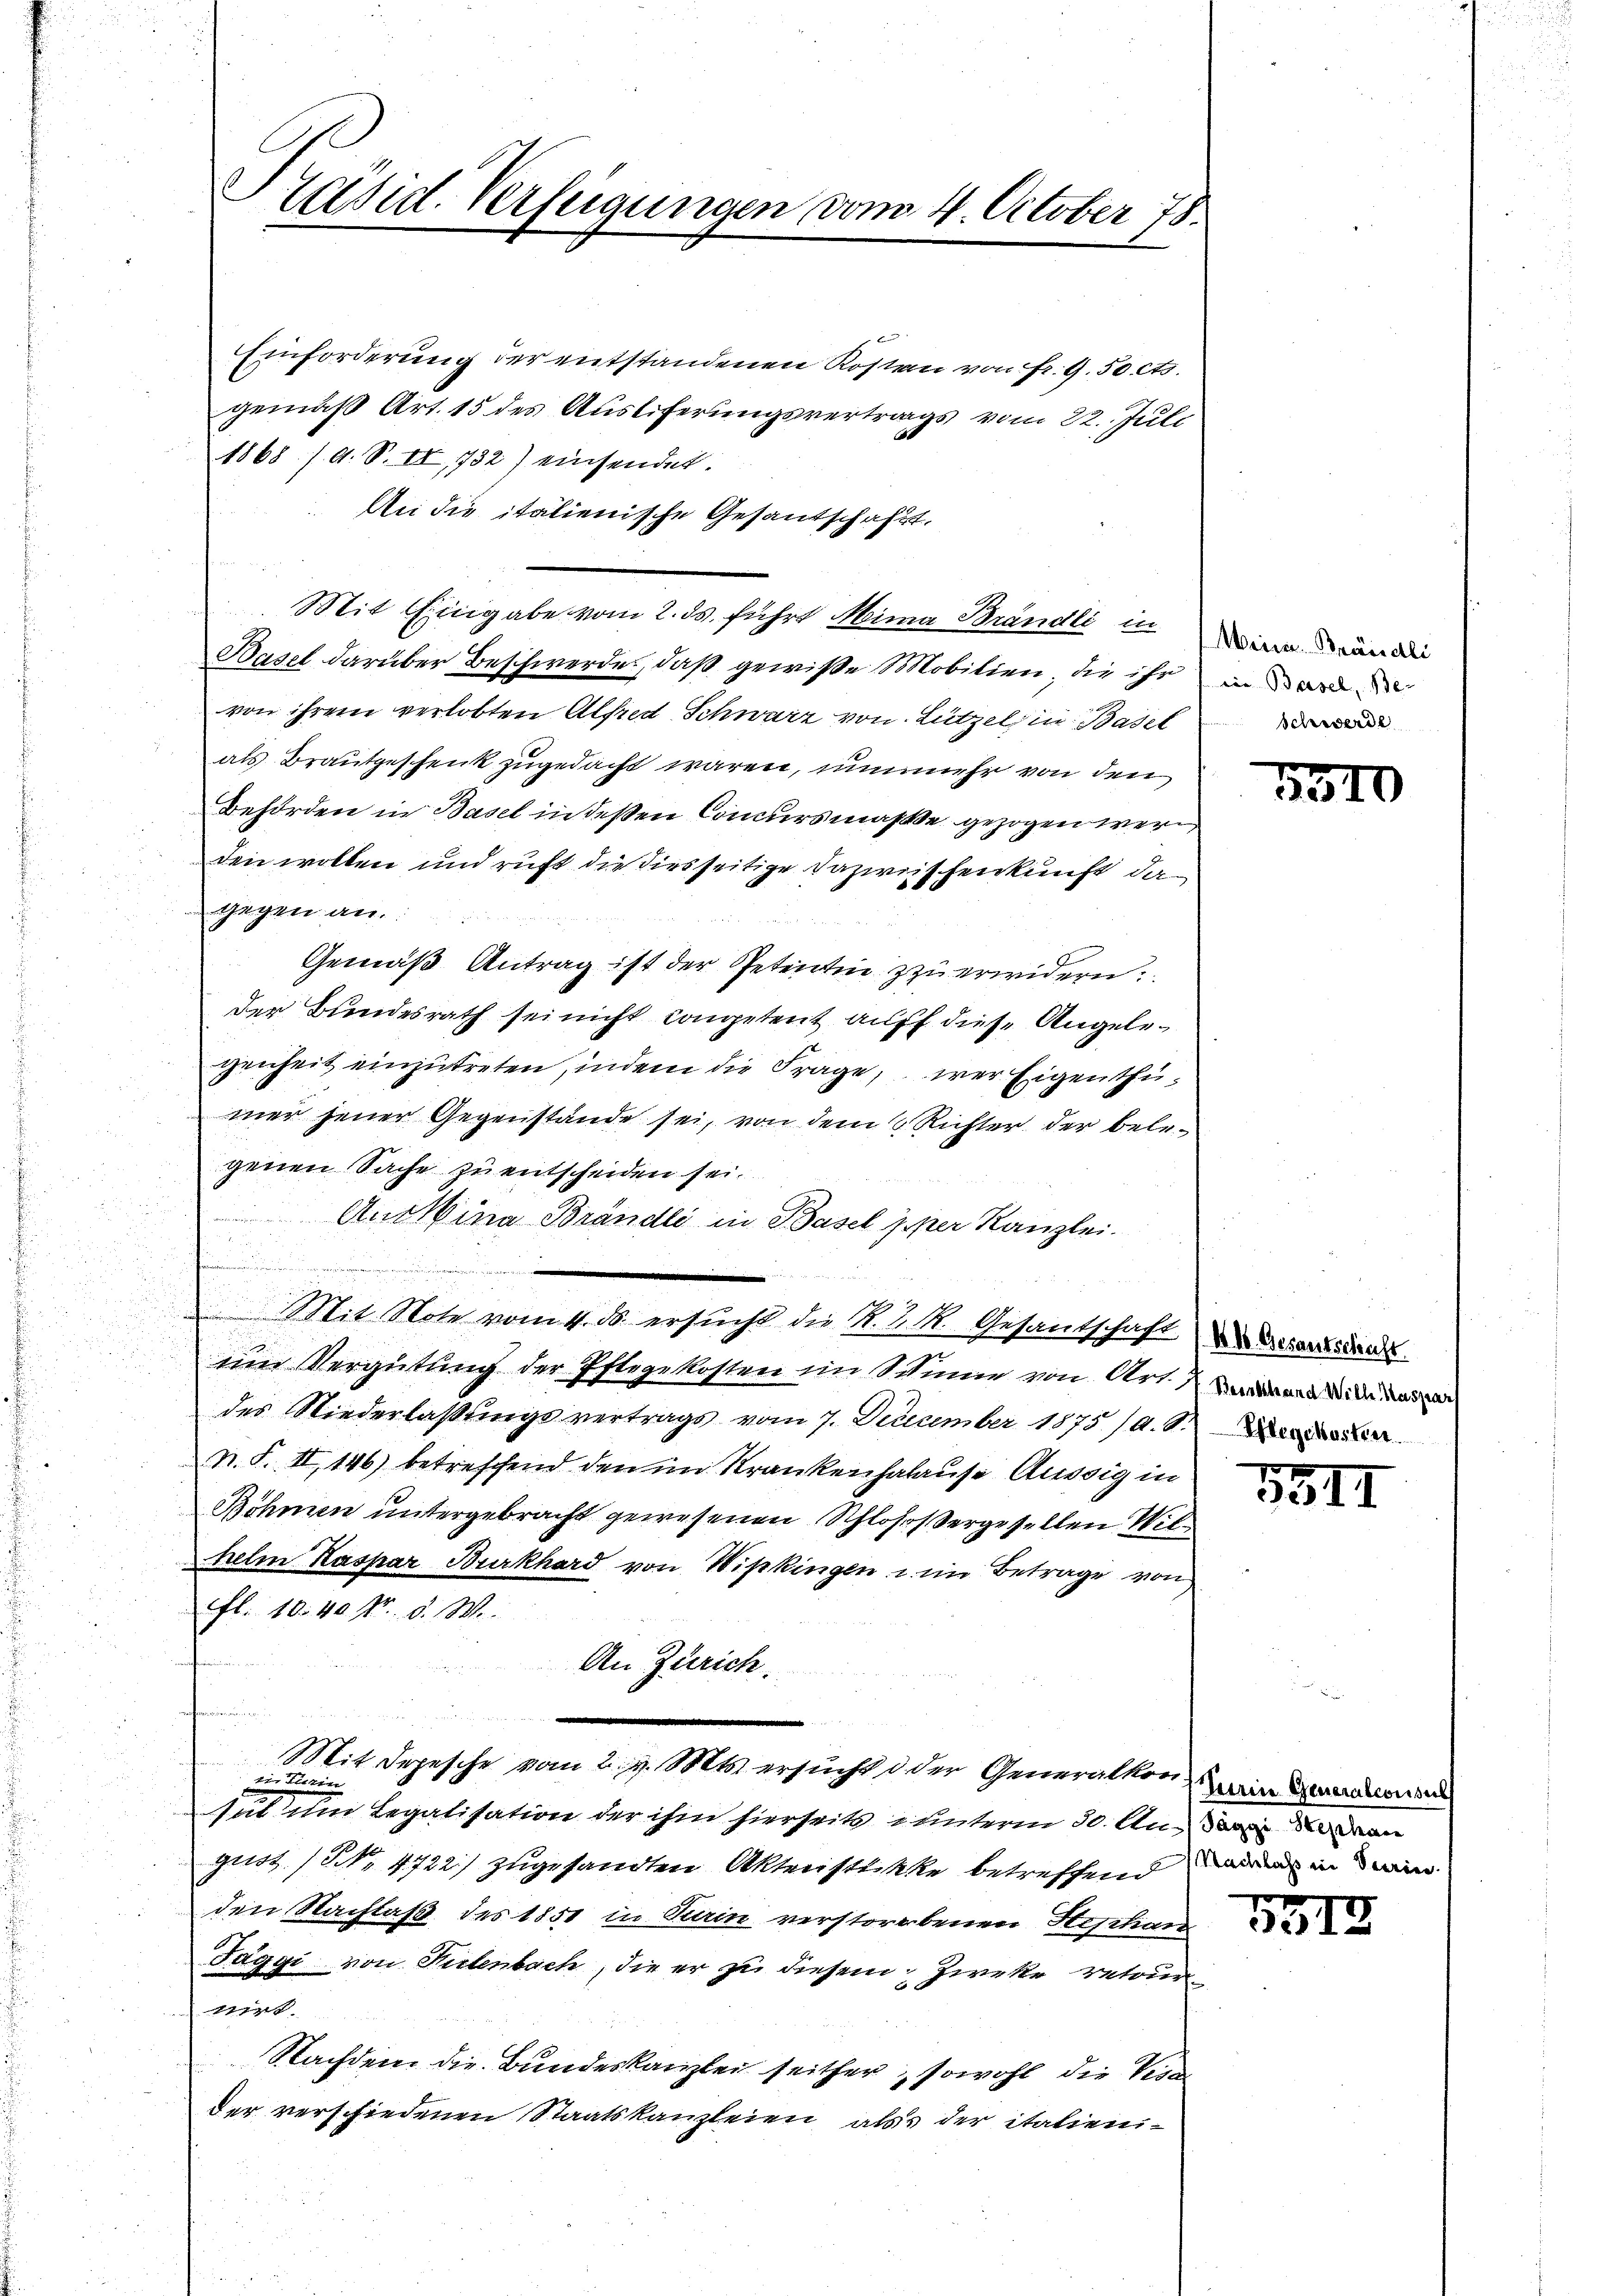
Präsid. Verfügungen vom 4. October 78.

Einforderung der entstandenen Kosten von fr. 9.50 cts.
gemäß Art. 15 des Ausliferungsvertrags vom 22. Juli
1868 / A. S. II, 732) einsendet.
An die italienische Gesandschafft.
Mit Eingabe vom 2. ds. führt Mina Brändli in an die
Basel darüber Beschwerdes, daß gewiße Mobilien, die ihr in werd
von ihrem verlobten Alfred Schwarz von Lützel in Basel
als Brautgeschenk zugedacht waren, unnmehr von den
Behörden in Basel in deßen Concursmaße gezogen werd,
den wollen und ruft die diesseitige Dazwischenkunft da
gegen an.
Gemäß Antrag ist der Petentin zu erwidern.
der Bundesrath sei nicht competent auff diese Angelegenheit einzutreten, indem die Frage, wer Eigenthümer jener Gegenstände sei, von dem Richter der belegenen Sache zu entscheiden sei.
Aus Mina Brändli in Basel pper Kanzlei.

.
e
Mit Note vom 4. B. ersucht die N. K. M. Gesandschaft sanstands
um Vergütung der Pflegekosten im Schume von Art in die
des Niederlaßungsvertrags vom 7. December 1875 /A. Der
n. F. II, 146) betreffend den im Krankenhalause Aussig in
Böhmen untergebracht gewesenen Schlossergesellen Wilhelm Kaspar Burkhard von Wipkingen u. im Betrage von
Fl. 10. 40 Nr. 8. W.
An Zürich.
ferinn
Mit Depesche vom 2. d. Mts. ersucht d. der Generalkon ein Gendan
ein ein
hat um Legatisation der ihm hierseits unterm 30. Aus de der Man
gust (N. 4722) zugesandten Akteristikke betreffend in ein
den Nachlaß des 1851 in Turin verstorbenen Stephan
Faggi von Seelenbach, die er zu diesem Zwecke retournirt
Nachdem die Bundeskanzlei seither, sowohl die Verder verschiedenen Staatskanzleien alss der italieni¬

Schwerde

1510

35II

5313